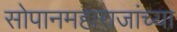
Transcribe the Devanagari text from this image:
सोपानमहाराजांच्या